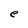
Character: e